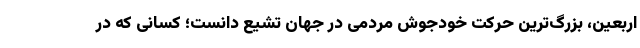
اربعین، بزرگ‌ترین حرکت خودجوش مردمی در جهان تشیع دانست؛ کسانی که در